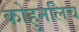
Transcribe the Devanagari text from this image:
कोहुनलिच